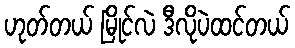
ဟုတ်တယ် မြိုင်လဲ ဒီလိုပဲထင်တယ်